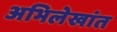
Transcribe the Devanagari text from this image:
अभिलेखांत